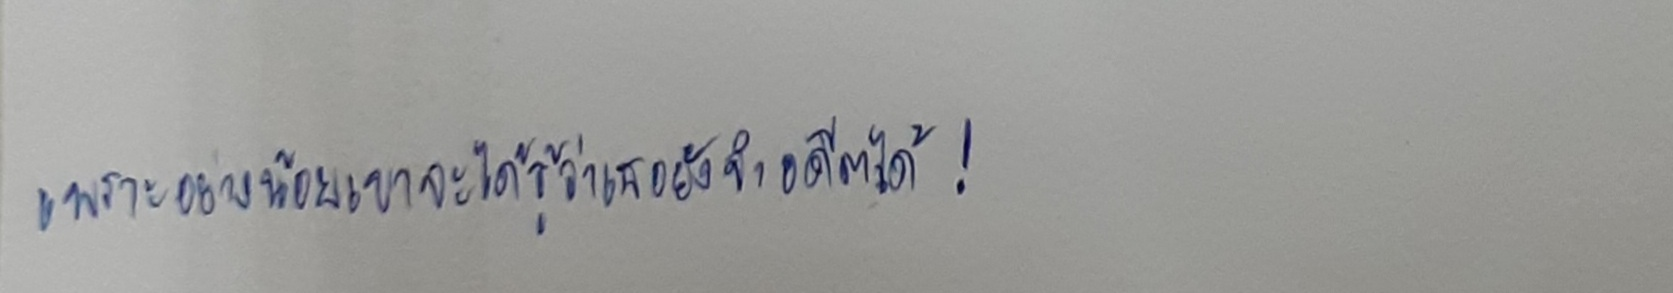
เพราะอย่างน้อยเขาจะได้รู้ว่าเธอยังจำอดีตได้!